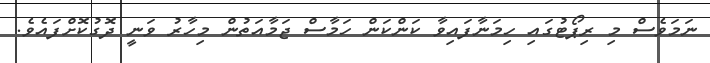
ނަމަވެސް މި ރިޕޯޓުގައި ހިމަނާފައިވާ ކަންކަން ހަމާސް ޖަމާއަތުން މިހާރު ވަނީ ދޮގުކޮށްފައެވެ.